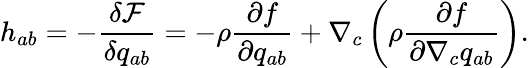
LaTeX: h_{ab}=-\frac{\delta\mathcal{F}}{\delta{q}_{ab}}=-\rho\frac{\partial f}{\partial{q}_{ab}}+\nabla_{c}\left(\rho\frac{\partial f}{\partial\nabla_{c}{q}_{ab}}\right).